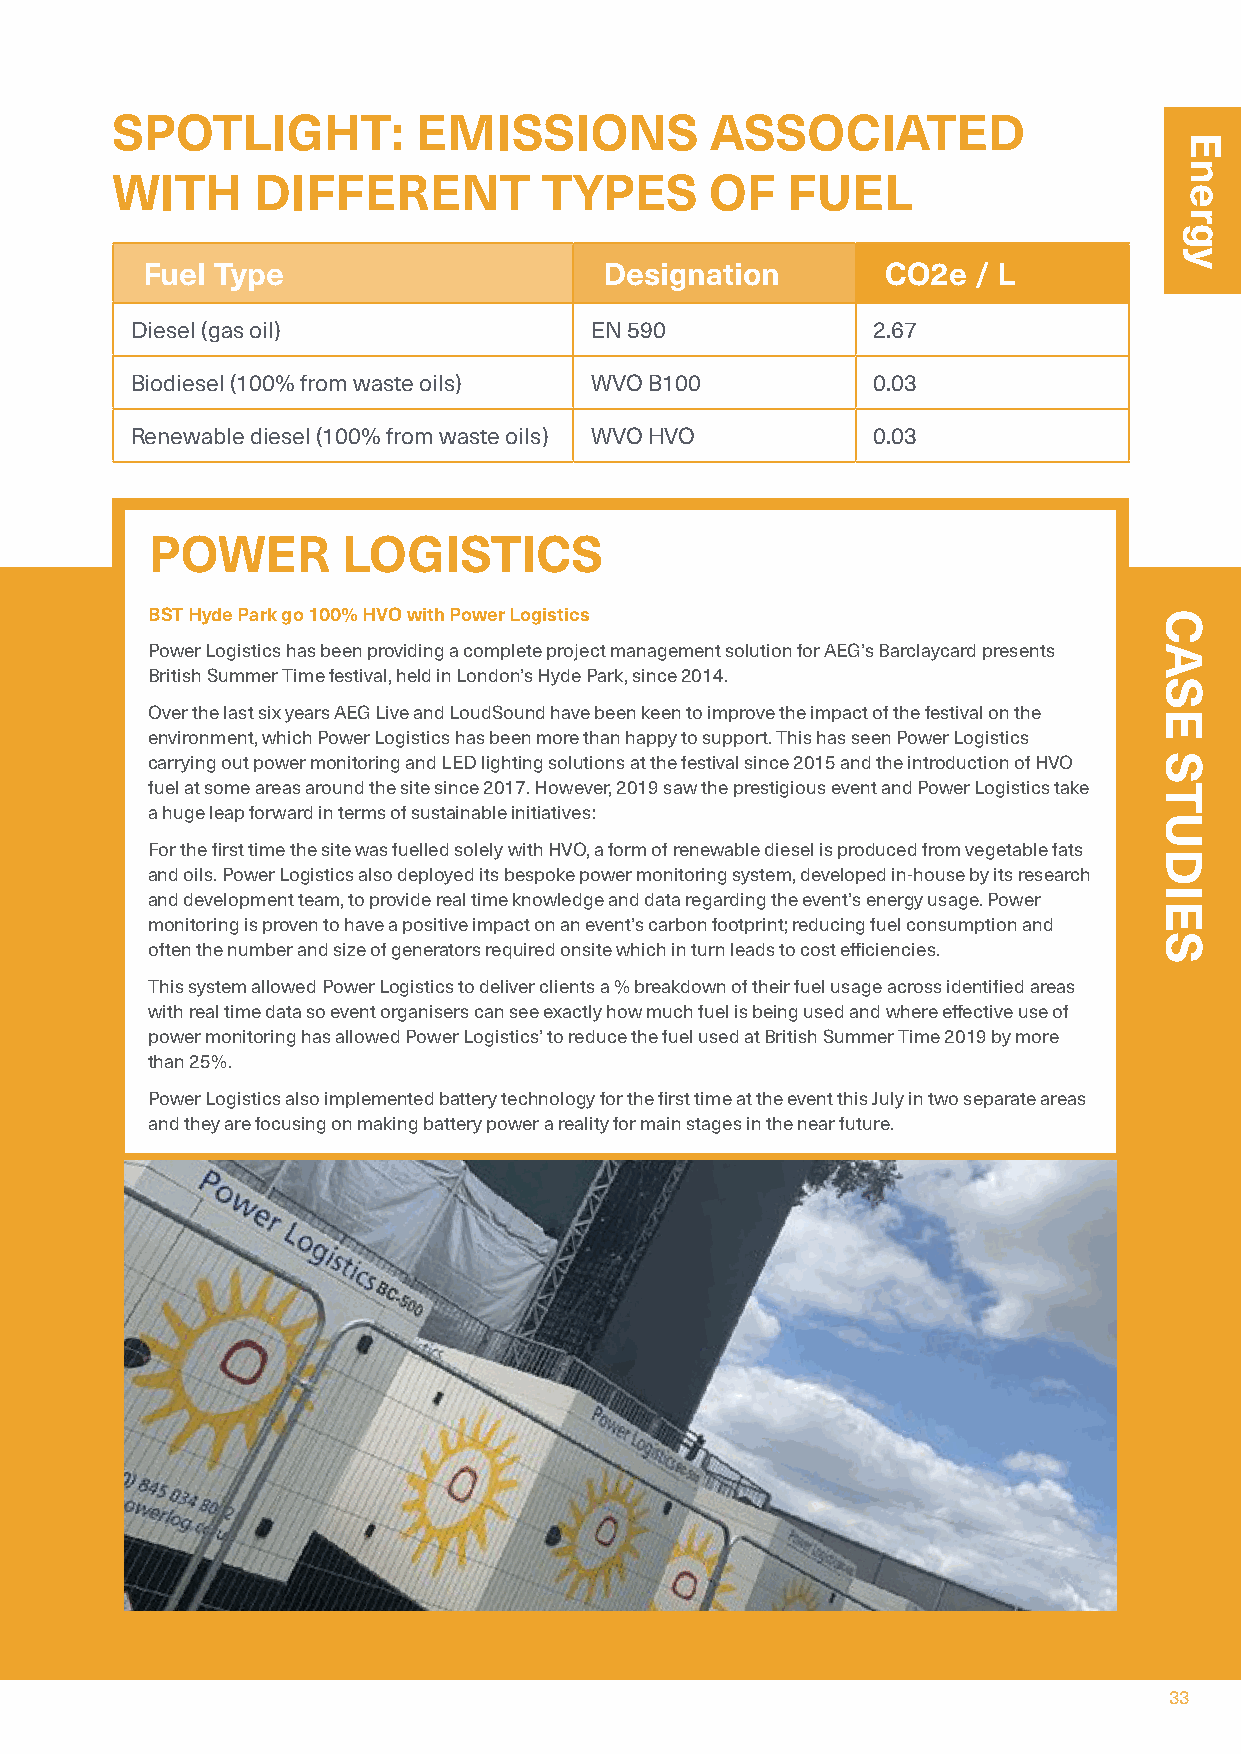
SPOTLIGHT:          EMISSIONS           ASSOCIATED
 WITH      DIFFERENT          TYPES      OF   FUEL
 Fuel Type                      Designation        CO2e / L
 Diesel (gas oil)              EN 590             2.67
 Biodiesel (100% from waste oils) WVO B100        0.03
 Renewable diesel (100% from waste oils) WVO HVO  0.03
 POWER        LOGISTICS
 BST Hyde Park go 100% HVO with Power Logistics
 Power Logistics has been providing a complete project management solution for AEG’s Barclaycard presents
 British Summer Time festival, held in London’s Hyde Park, since 2014.
 Over the last six years AEG Live and LoudSound have been keen to improve the impact of the festival on the
 environment, which Power Logistics has been more than happy to support. This has seen Power Logistics
 carrying out power monitoring and LED lighting solutions at the festival since 2015 and the introduction of HVO
 fuel at some areas around the site since 2017. However, 2019 saw the prestigious event and Power Logistics take
 a huge leap forward in terms of sustainable initiatives:
 For the first time the site was fuelled solely with HVO, a form of renewable diesel is produced from vegetable fats
 and oils. Power Logistics also deployed its bespoke power monitoring system, developed in-house by its research
 and development team, to provide real time knowledge and data regarding the event’s energy usage. Power
 monitoring is proven to have a positive impact on an event’s carbon footprint; reducing fuel consumption and
 often the number and size of generators required onsite which in turn leads to cost efficiencies.
 This system allowed Power Logistics to deliver clients a % breakdown of their fuel usage across identified areas
 with real time data so event organisers can see exactly how much fuel is being used and where effective use of
 power monitoring has allowed Power Logistics’ to reduce the fuel used at British Summer Time 2019 by more
 than 25%.
 Power Logistics also implemented battery technology for the first time at the event this July in two separate areas
 and they are focusing on making battery power a reality for main stages in the near future.
 33
 Energy
 CASE
 STUDIES
 Energy